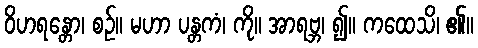
ဝိဟရန္တော၊ စဉ်။ မဟာ ပန္တကံ၊ ကို။ အာရဗ္ဘ၊ ၍။ ကထေသိ၊ ၏။